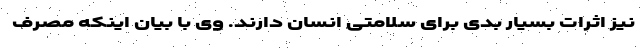
نیز اثرات بسیار بدی برای سلامتی انسان دارند. وی با بیان اینکه مصرف